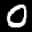
Label: 0